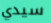
سيدي